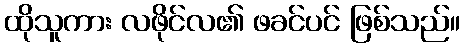
ထိုသူကား လဖိုင်လ၏ ဖခင်ပင် ဖြစ်သည်။